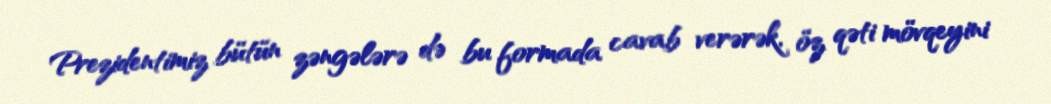
Prezidentimiz bütün zəngələrə də bu formada cavab verərək, öz qəti mövqeyini